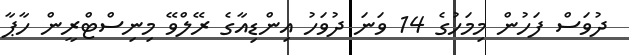
ދުވަސް ފަހުން މިމަހުގެ 14 ވަނަ ދުވަހު އިންޑިއާގެ ރޭލްވޭ މިނިސްޓްރީން ހާޕާ